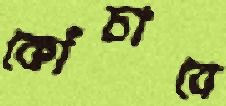
কোঁচাবে